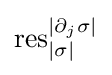
\mathrm {res} _{|\sigma |}^{|\partial _{j}\sigma |}